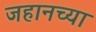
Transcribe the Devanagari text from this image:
जहानच्या